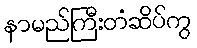
နာမည်ကြီးတံဆိပ်ကွ